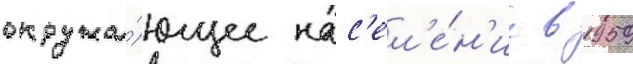
окружа́ющее нас'ел'е́н'ие в 1959